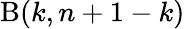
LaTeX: \mathrm{B}(k,n+1-k)